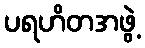
ပရဟိတအဖွဲ့